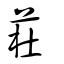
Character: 荰